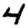
Digit: 4